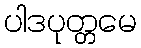
ပါဒပုတ္တမေ